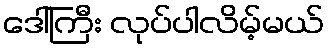
ဒေါ်ကြီး လုပ်ပါလိမ့်မယ်